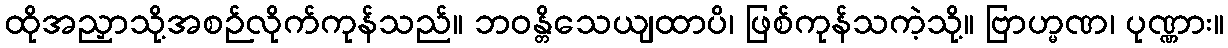
ထိုအညှာသို့အစဉ်လိုက်ကုန်သည်။ ဘဝန္တိသေယျထာပိ၊ ဖြစ်ကုန်သကဲ့သို့။ ဗြာဟ္မဏ၊ ပုဏ္ဏား။